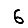
Digit: 6